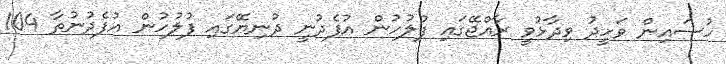
ހުސައިން ވަހީދު ވިދާޅުވީ ރާއްޖޭގައި ފުލުހުން އުފެދުނީ ދުނިޔޭގައި ފުލުހުން އުފެދުނުތާ 104